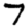
Digit: 7